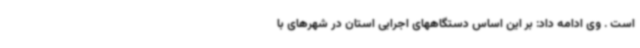
است . وی ادامه داد: بر این اساس دستگاههای اجرایی استان در شهرهای با